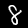
Label: 8